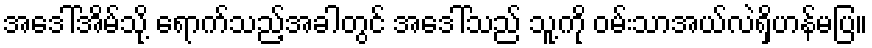
အဒေါ်အိမ်သို့ ရောက်သည့်အခါတွင် အဒေါ်သည် သူ့ကို ဝမ်းသာအယ်လဲရှိဟန်မပြ။